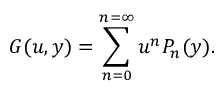
G ( u , y ) = \sum _ { n = 0 } ^ { n = \infty } u ^ { n } P _ { n } ( y ) .